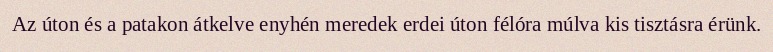
Az úton és a patakon átkelve enyhén meredek erdei úton félóra múlva kis tisztásra érünk.